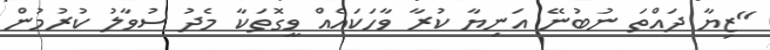
"ޒިޔާ ދައްތަ ނުބުނޭ އަނިޔާ ކުރާ ވާހަކައެއް ވީގޮތަކާ މެދު ސުވާލު ކުރުމުން